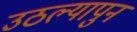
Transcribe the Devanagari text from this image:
उठल्यापुन